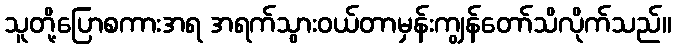
သူတို့ပြောစကားအရ အရက်သွားဝယ်တာမှန်းကျွန်တော်သိလိုက်သည်။